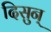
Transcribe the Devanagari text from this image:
दिसुन्